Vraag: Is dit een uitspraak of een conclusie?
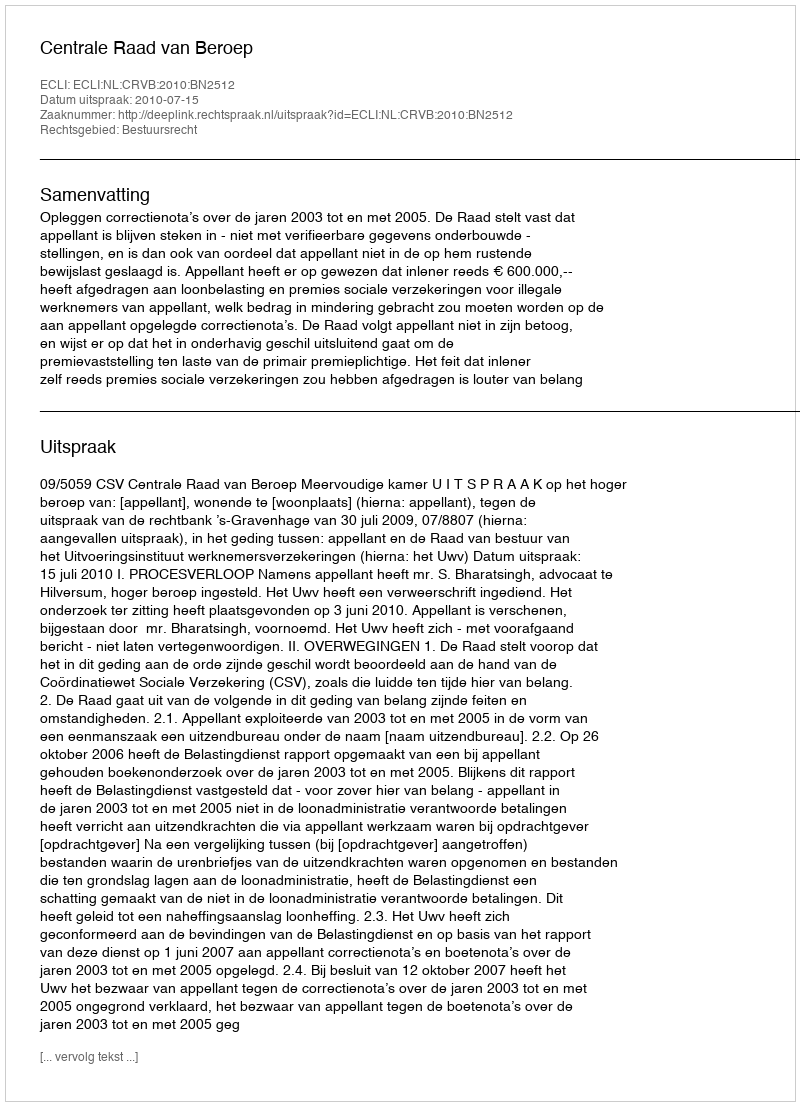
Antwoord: Uitspraak